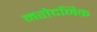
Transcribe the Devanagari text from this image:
नरोदनिक